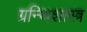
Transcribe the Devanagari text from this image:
ग्रन्थिशास्त्र